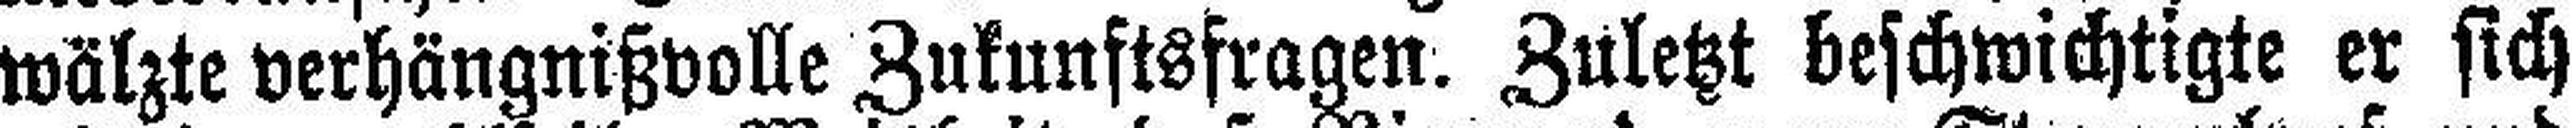
wälzte verhängnißvolle Zukunftsfragen. Zuletzt beschwichtigte er sich